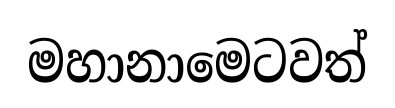
මහානාමෙටවත්